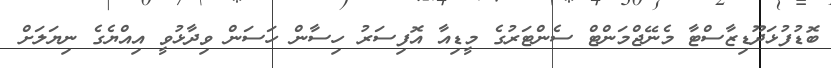
ބޮޑުފުޅަދޫޑިޒާސްޓާ މެނޭޖްމަންޓް ސެންޓަރުގެ މީޑިއާ އޮފިސަރު ހިސާން ހަސަން ވިދާޅުވީ އިއްޔެގެ ނިޔަލަށް